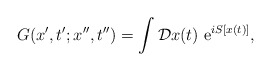
\begin{align*}G(x',t';x'',t'')=\int {\cal D}x(t)\ {\rm e}^{iS[x(t)]},\end{align*}